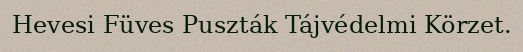
Hevesi Füves Puszták Tájvédelmi Körzet.